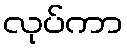
လုပ်ကာ